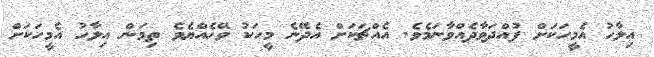
އިލާހު އެމީހަކަށް ފުއްދަވާދެއްވާނަމެވެ. އެއްޗަކަށް އެދޭނެ މީހަކު ވޭހެއްޔެވެ ތިމަން އިލާހު އެމީހަކަށް